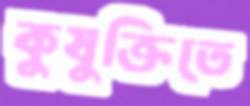
কুযুক্তিতে